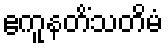
ဧကူနတိံသတိမံ